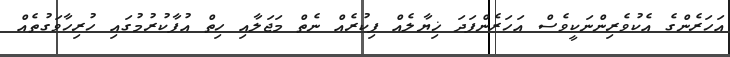
އަހަރެންގެ އެކުވެރިންނަކީވެސް އަހަރެންފަދަ ޚިޔާލެއް ފިކުރެއް ނެތް މަޖަލާއި ހިތް އުފާކުރުމުގައި ހުރިހާވަގުތެއް